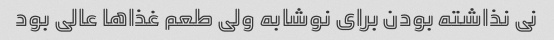
نی نذاشته بودن برای نوشابه ولی طعم غذاها عالی بود